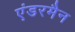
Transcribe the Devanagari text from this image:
एंडरमैन